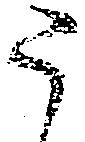
う